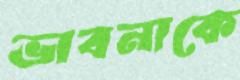
ভাবনাকে